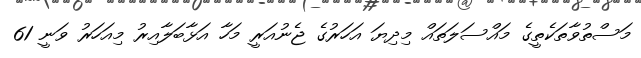
މަސްތުވާތަކެތީގެ މައްސަލަތައް މިދިޔަ އަހަރުގެ ޖެނުއަރީ މަހާ އަޅާބަލާއިރު މިއަހަރު ވަނީ 61